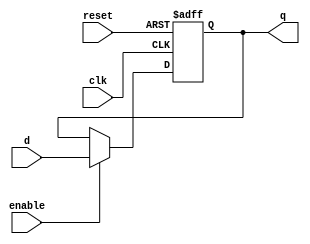
module reg_16bit(clk, enable, d, reset, q);

input clk;
input enable;
input reset;
input [15:0] d;
output reg [15:0] q;

always @ (posedge clk or posedge reset)
begin
   if (reset == 1) begin
       q <= 0;
   end else if (enable == 1) begin
       q <= d;
   end
end
endmodule